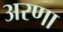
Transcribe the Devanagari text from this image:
अरणा